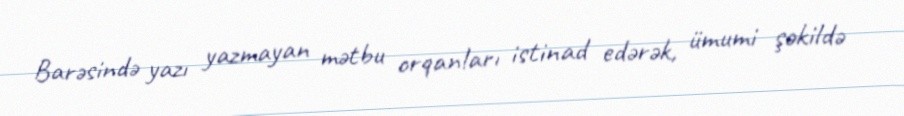
Barəsində yazı yazmayan mətbu orqanları istinad edərək, ümumi şəkildə